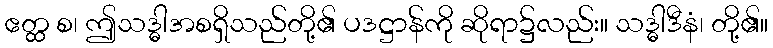
ဧတ္ထ စ၊ ဤသဒ္ဓါအစရှိသည်တို့၏ ပဒဋ္ဌာန်ကို ဆိုရာ၌လည်း။ သဒ္ဓါဒီနံ၊ တို့၏။